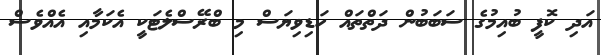
އަދި ކޮފީ ބުއިމުގެ ސަބަބުން ދަތްތައް ހަޑިވިޔަސް މި ބްރޭސްލެޓަކީ އެކަމާއި އެއްވެސް